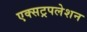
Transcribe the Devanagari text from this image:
एक्सट्रपलेशन